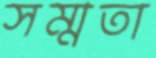
সম্মতা